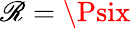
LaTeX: \mathscr{R}=\Psix